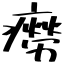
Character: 癆